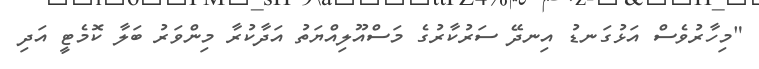
"މިހާރުވެސް އަޅުގަނޑު އިނދޭ ސަރުކާރުގެ މަސްއޫލިއްޔަތު އަދާކުރާ މިންވަރު ބަލާ ކޮމެޓީ އަދި